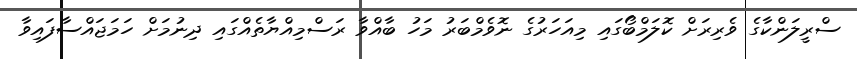
ސްރީލަންކާގެ ވެރިރަށް ކޮލަމްބޯގައި މިއަހަރުގެ ނޮވެމްބަރު މަހު ބާއްވާ ރަސްމިއްޔާތެއްގައި ދިނުމަށް ހަމަޖައްސާފައިވާ